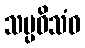
သပ္ပဝိသံဝ